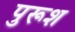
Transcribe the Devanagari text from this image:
पुरूश